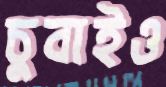
চুবাইও